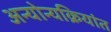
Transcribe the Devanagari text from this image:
अन्योन्यक्रियांत